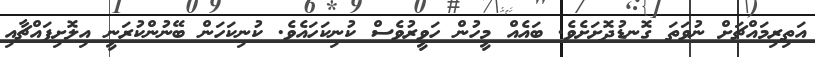
އަތިރިމައްޗަށް ނުވަތަ ގޮނޑުދޮށަށެވެ. ބައެއް މީހުން ހަވީރުވެސް ކުނިކަހައެވެ. ކުނިކަހަން ބޭނުންކުރަނީ އިލޮށިފައްޗާއި